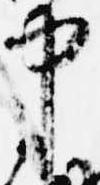
中